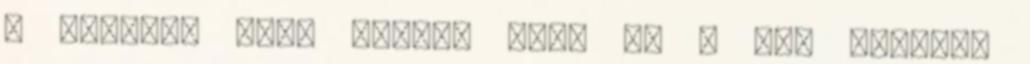
A húsvéti nagy trakta után ez a kis könnyű,